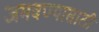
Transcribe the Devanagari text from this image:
जमवण्यासाठी